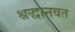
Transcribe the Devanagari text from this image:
श्रद्धानवत